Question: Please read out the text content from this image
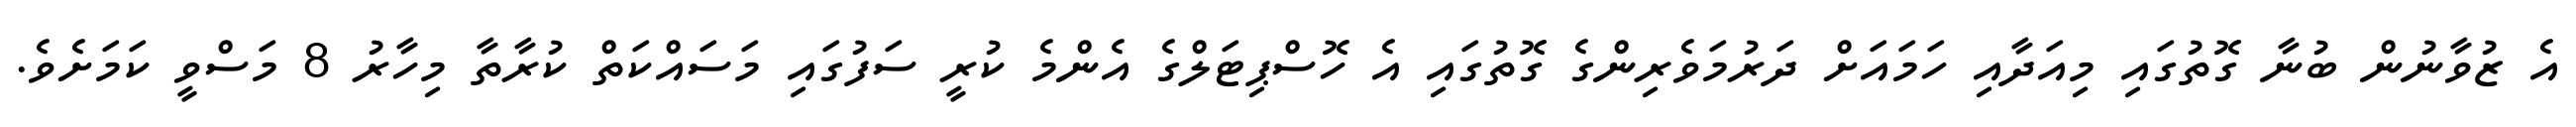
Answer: އެ ޒުވާނުން ބުނާ ގޮތުގައި މިއަދާއި ހަމައަށް ދަރުމަވެރިންގެ ގޮތުގައި އެ ހޮސްޕިޓަލްގެ އެންމެ ކުރީ ސަފުގައި މަސައްކަތް ކުރާތާ މިހާރު 8 މަސްވީ ކަމަށެވެ.